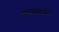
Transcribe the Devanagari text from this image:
बनतुलसी